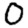
Digit: 0